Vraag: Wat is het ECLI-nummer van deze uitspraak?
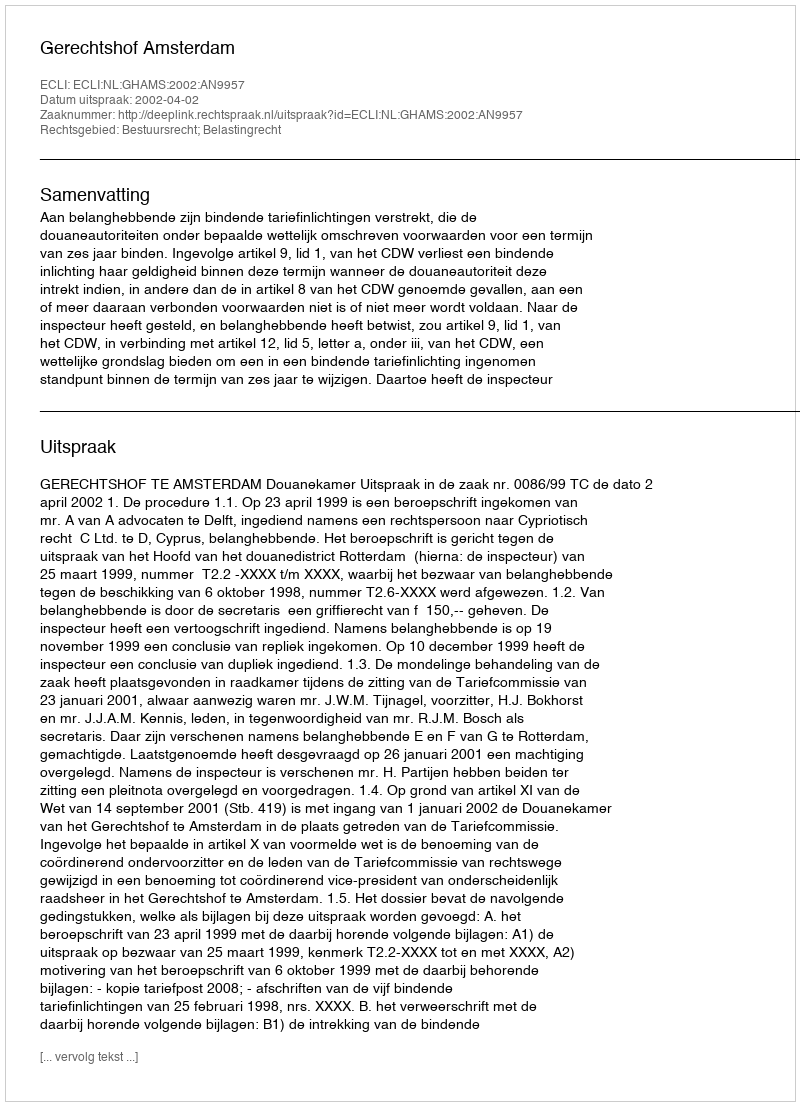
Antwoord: ECLI:NL:GHAMS:2002:AN9957